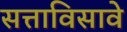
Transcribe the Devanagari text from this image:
सत्ताविसावे